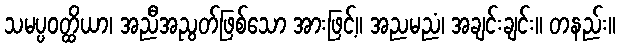
သမပ္ပဝတ္ထိယာ၊ အညီအညွတ်ဖြစ်သော အားဖြင့်။ အညမညံ၊ အချင်းချင်း။ တနည်း။